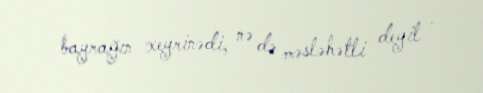
bayrağın xeyrinədi, nə də məsləhətli deyil .